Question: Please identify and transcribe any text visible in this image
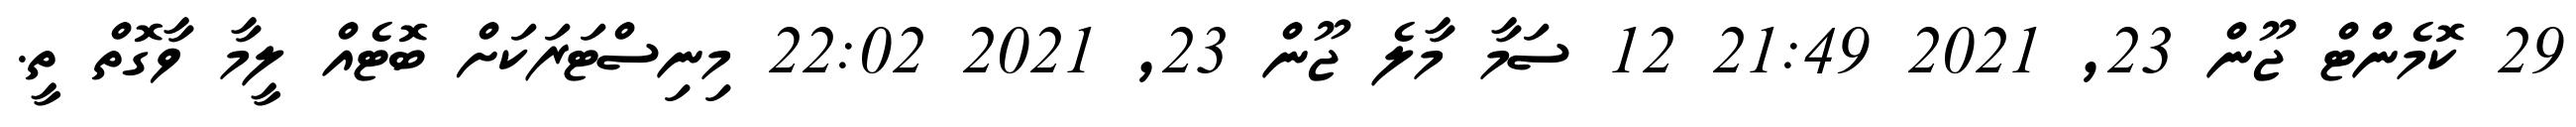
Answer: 29 ކޮމެންޓް ޖޫން 23, 2021 21:49 12 ސަމާ މާލެ ޖޫން 23, 2021 22:02 މިނިސްޓަރަކަށް ބޮޓެއް ލީމާ ވާގޮތް ތީ.